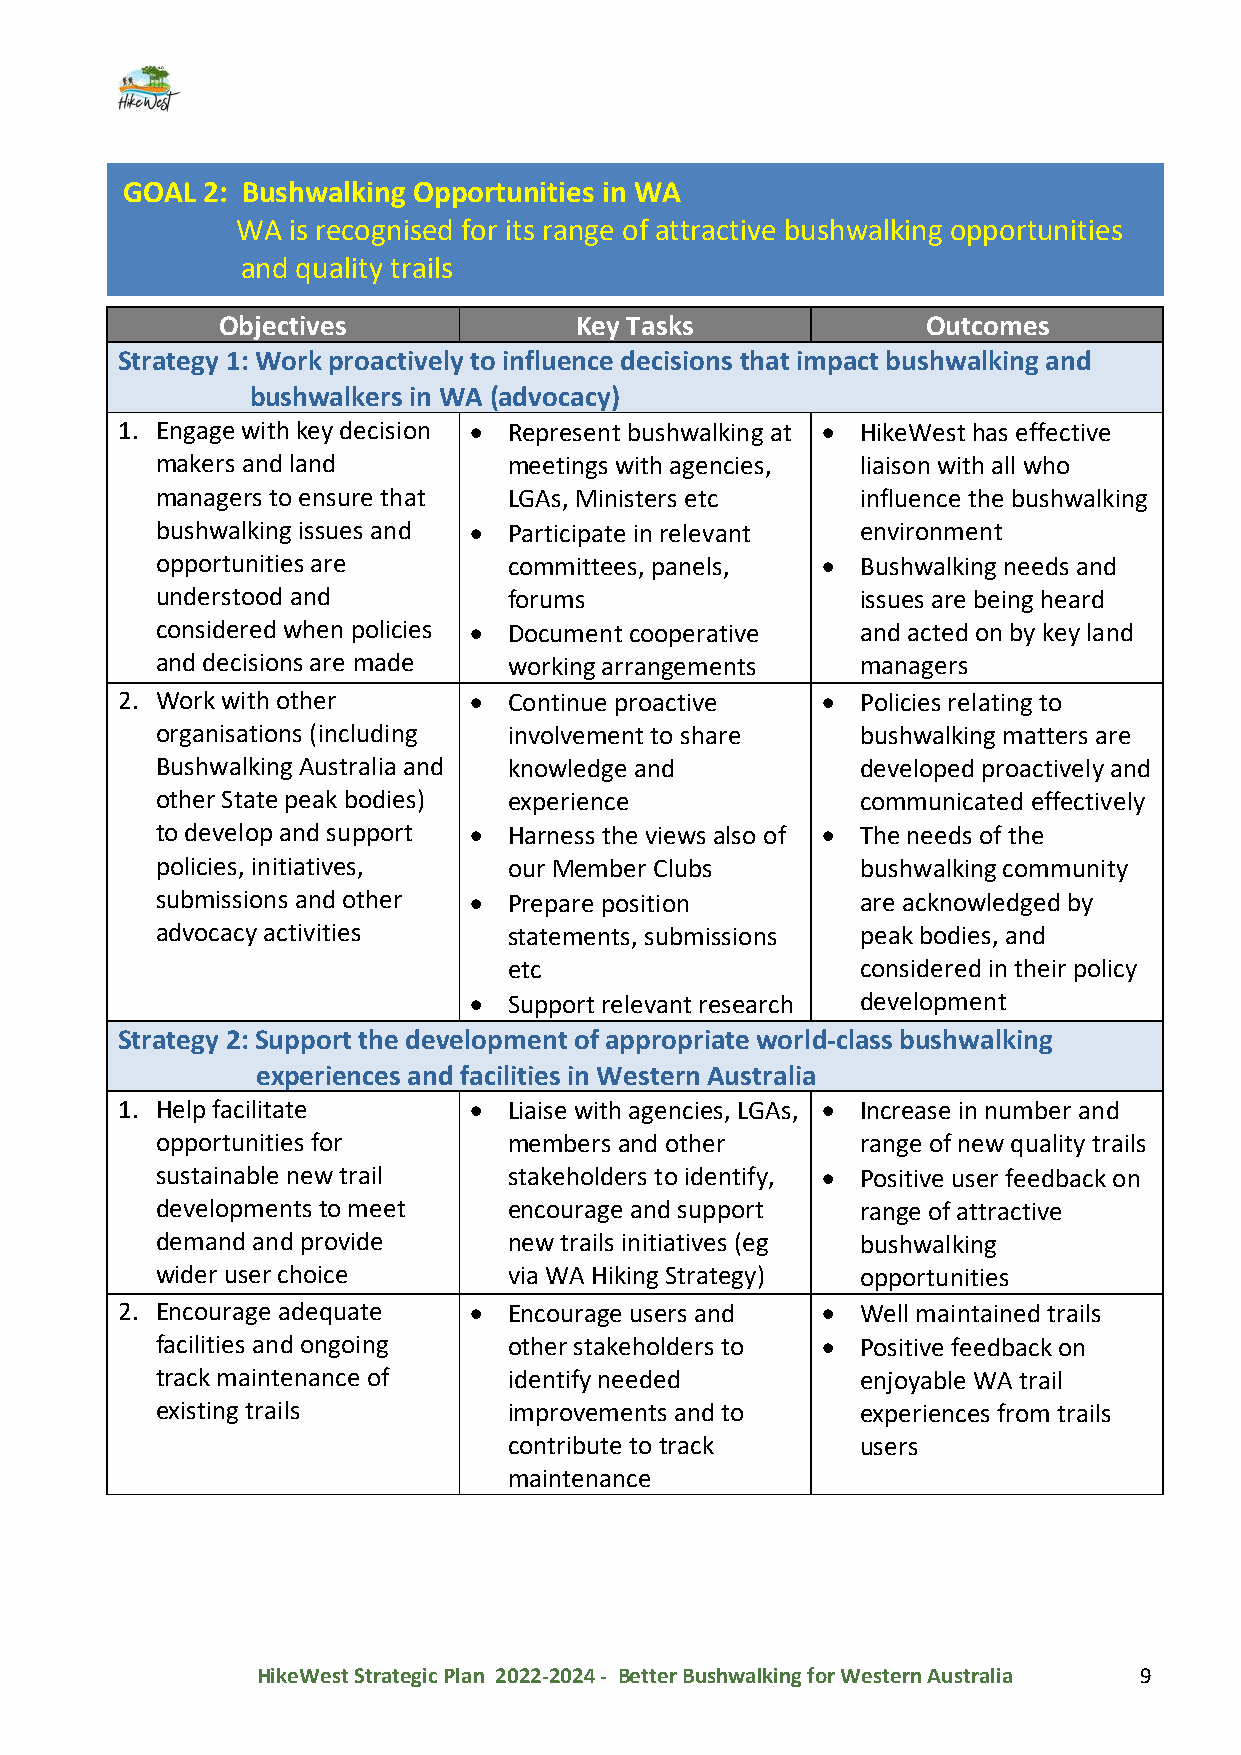
GOAL 2: Bushwalking Opportunities in WA
 WA is recognised for its range of attractive bushwalking opportunities
 and quality trails
 Objectives             Key Tasks              Outcomes
 Strategy 1: Work proactively to influence decisions that impact bushwalking and
 bushwalkers in WA (advocacy)
 1. Engage with key decision • Represent bushwalking at • HikeWest has effective
 makers and land         meetings with agencies, liaison with all who
 managers to ensure that LGAs, Ministers etc    influence the bushwalking
 bushwalking issues and • Participate in relevant environment
 opportunities are       committees, panels, •  Bushwalking needs and
 understood and          forums                 issues are being heard
 considered when policies • Document cooperative and acted on by key land
 and decisions are made  working arrangements   managers
 2. Work with other     •  Continue proactive  •  Policies relating to
 organisations (including involvement to share  bushwalking matters are
 Bushwalking Australia and knowledge and        developed proactively and
 other State peak bodies) experience            communicated effectively
 to develop and support • Harness the views also of • The needs of the
 policies, initiatives,  our Member Clubs       bushwalking community
 submissions and other • Prepare position       are acknowledged by
 advocacy activities     statements, submissions peak bodies, and
 etc                    considered in their policy
 •  Support relevant research development
 Strategy 2: Support the development of appropriate world-class bushwalking
 experiences and facilities in Western Australia
 1. Help facilitate     •  Liaise with agencies, LGAs, • Increase in number and
 opportunities for       members and other      range of new quality trails
 sustainable new trail   stakeholders to identify, • Positive user feedback on
 developments to meet    encourage and support  range of attractive
 demand and provide      new trails initiatives (eg bushwalking
 wider user choice       via WA Hiking Strategy) opportunities
 2. Encourage adequate  •  Encourage users and •  Well maintained trails
 facilities and ongoing  other stakeholders to • Positive feedback on
 track maintenance of    identify needed        enjoyable WA trail
 existing trails         improvements and to    experiences from trails
 contribute to track    users
 maintenance
 HikeWest Strategic Plan 2022-2024 - Better Bushwalking for Western Australia 9